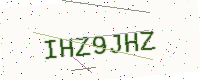
Text: IHZ9JHZ